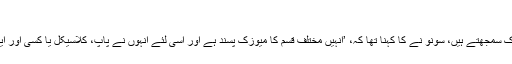
‘
اس سوال پر کہ وہ اپنی پہچان کس قسم کا میوزک سمجھتے ہیں، سونو نے کا کہنا تھا کہ، ’انہیں مختلف قسم کا میوزک پسند ہے اور اسی لئے انہوں نے پاپ، کلاسیکل یا کسی اور ایک کیٹگری تک اپنے گانے کو محدود نہیں کیا۔